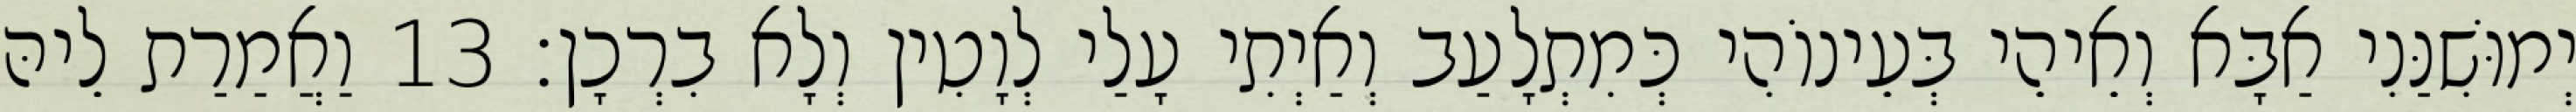
יְמוּשִׁנַּנִי אַבָּא וְאֵיהֵי בְּעֵינוֹהִי כְּמִתְלָעַב וְאַיְתִי עָלַי לְוָטִין וְלָא בִרְכָן׃ 13 וַאֲמַרַת לֵיהּ